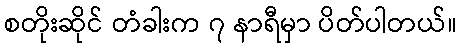
စတိုးဆိုင် တံခါးက ၇ နာရီမှာ ပိတ်ပါတယ်။